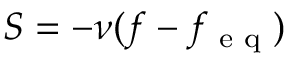
S = - \nu ( f - f _ { \textrm { e q } } )